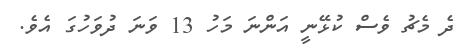
ދެ މެޗު ވެސް ކުޅޭނީ އަންނަ މަހު 13 ވަނަ ދުވަހުގަ އެވެ.